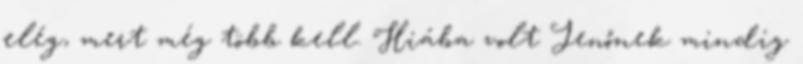
elég, mert még több kell. Hiába volt Jenőnek mindig